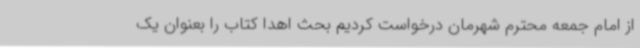
از امام جمعه محترم شهرمان درخواست کردیم بحث اهدا کتاب را بعنوان یک